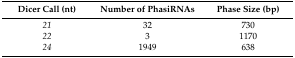
<table><thead><tr><td><b>Dicer Call (nt)</b></td><td><b>Number of PhasiRNAs</b></td><td><b>Phase Size (bp)</b></td></tr></thead><tbody><tr><td><i>21</i></td><td>32</td><td>730</td></tr><tr><td><i>22</i></td><td>3</td><td>1170</td></tr><tr><td><i>24</i></td><td>1949</td><td>638</td></tr></tbody></table>